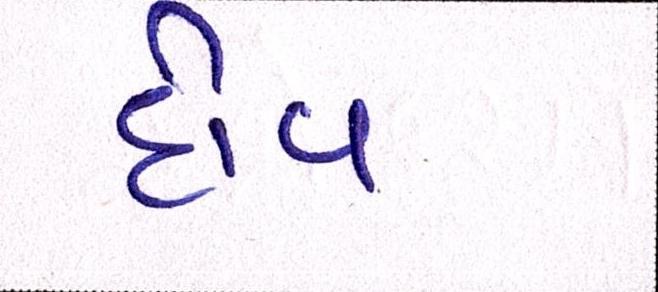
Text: દીવ